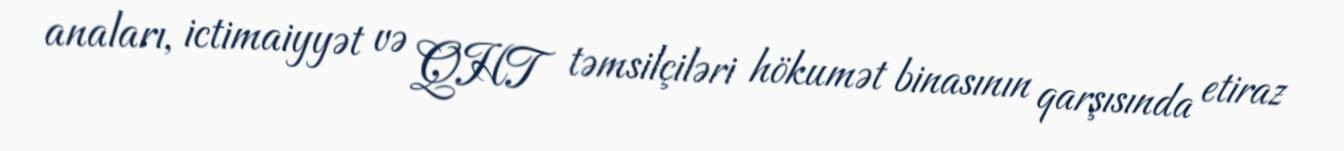
anaları, ictimaiyyət və QHT təmsilçiləri hökumət binasının qarşısında etiraz